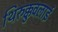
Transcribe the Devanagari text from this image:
थिरुक्कुवलाई